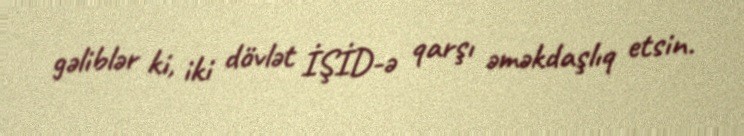
gəliblər ki, iki dövlət İŞİD-ə qarşı əməkdaşlıq etsin.